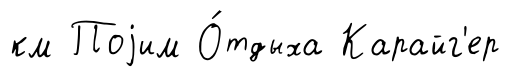
км Поjим О́тдыха Карайг'ер